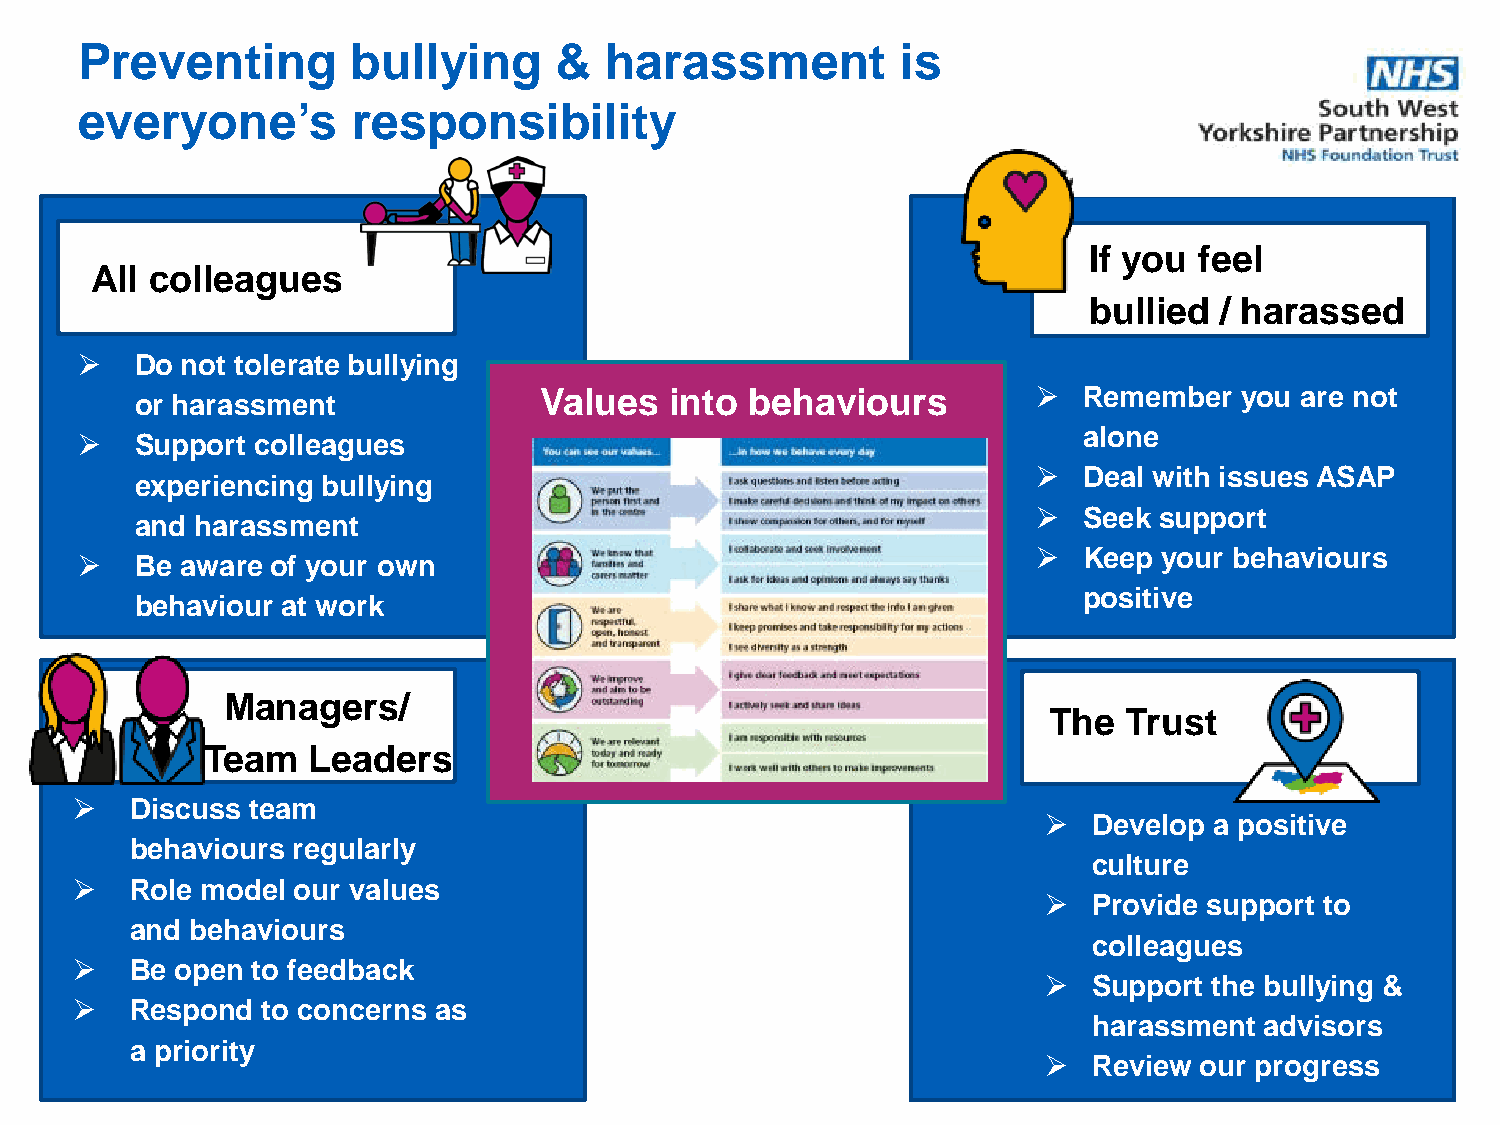
Preventing        bullying      &  harassment          is
 everyone’s        responsibility
 If you feel
 All colleagues
 bullied  / harassed
    Do not tolerate bullying
 or harassment              Values  into  behaviours           Remember  you are not
    Support colleagues                                             alone
   Deal with issues ASAP
 experiencing bullying
   Seek support
 and harassment
    Be aware of your own                                          Keep your behaviours
 positive
 behaviour at work
 Managers/
 The   Trust
 Team   Leaders
    Discuss team
   Develop a positive
 behaviours regularly
 culture
    Role model our values
   Provide support to
 and behaviours
 colleagues
    Be open to feedback
   Support the bullying &
    Respond to concerns as
 harassment  advisors
 a priority
   Review our progress